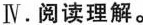
Ⅳ.阅读理解.